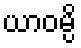
ယာဝမ္ပိ